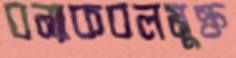
বন্যাকবলমুক্ত